Civil Veterinary Department. United Provinces 1923-31 - 1923-1931
Year: 1923
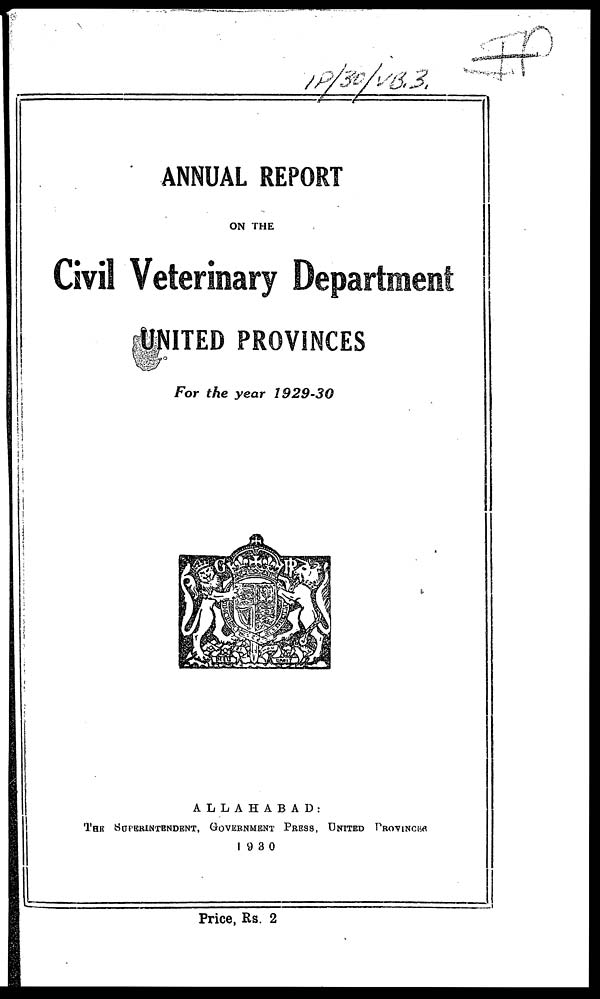
ANNUAL REPORT
ON THE
Civil Veterinary Department
UNITED PROVINCES
For the year 1929-30
ALLAHABAD:
THE SUPERINTENDENT, GOVERNMENT PRESS, UNITED PROVINCES
1930
Price, Rs. 2